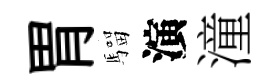
胃騮演潼